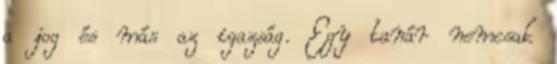
a jog és más az igazság. Egy tanár nemcsak